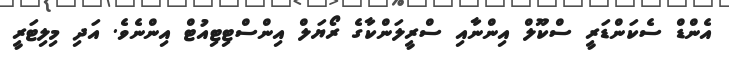
އެންޑް ސެކަންޑަރީ ސްކޫލް އިންނާއި ސްރީލަންކާގެ ރޯޔަލް އިންސްޓިޓިއުޓް އިންނެވެ. އަދި މިލިޓަރީ